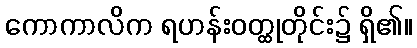
ကောကာလိက ရဟန်းဝတ္ထုတိုင်း၌ ရှိ၏။